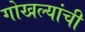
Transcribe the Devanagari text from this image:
गोखल्यांची